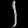
Digit: ၂